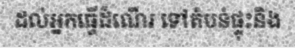
ដល់អ្នកធ្វើដំណើរ ទៅតំបន់ផ្ទុះនិង